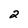
Character: 2